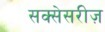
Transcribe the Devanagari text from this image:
सक्सेसरीज़